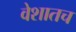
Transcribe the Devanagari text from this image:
वेशातच